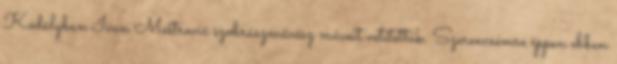
Kodályban Ivan Meštrović szobrászművész műveit vetítettük. Szerencsémre éppen ebben